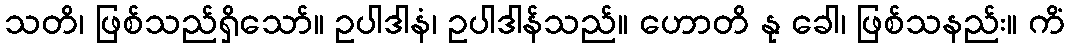
သတိ၊ ဖြစ်သည်ရှိသော်။ ဥပါဒါနံ၊ ဥပါဒါန်သည်။ ဟောတိ နု ခေါ၊ ဖြစ်သနည်း။ ကိံ